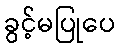
ခွင့်မပြုပေ